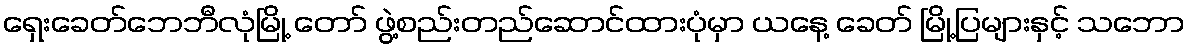
ရှေးခေတ်ဘေဘီလုံမြို့ တော် ဖွဲ့စည်းတည်ဆောင်ထားပုံမှာ ယနေ့ ခေတ် မြို့ပြများနှင့် သဘော